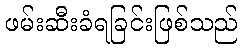
ဖမ်းဆီးခံရခြင်းဖြစ်သည်